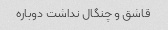
قاشق و چنگال نداشت دوباره